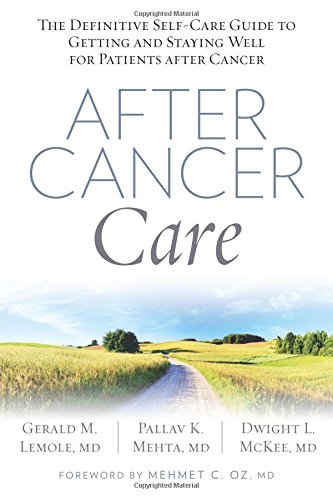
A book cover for After Cancer Care: The Definitive Self-Care Guide to Getting and Staying Well for Patients after Cancer; Gerald Lemole; Health, Fitness & Dieting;